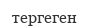
тергеген